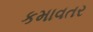
કમાવતર